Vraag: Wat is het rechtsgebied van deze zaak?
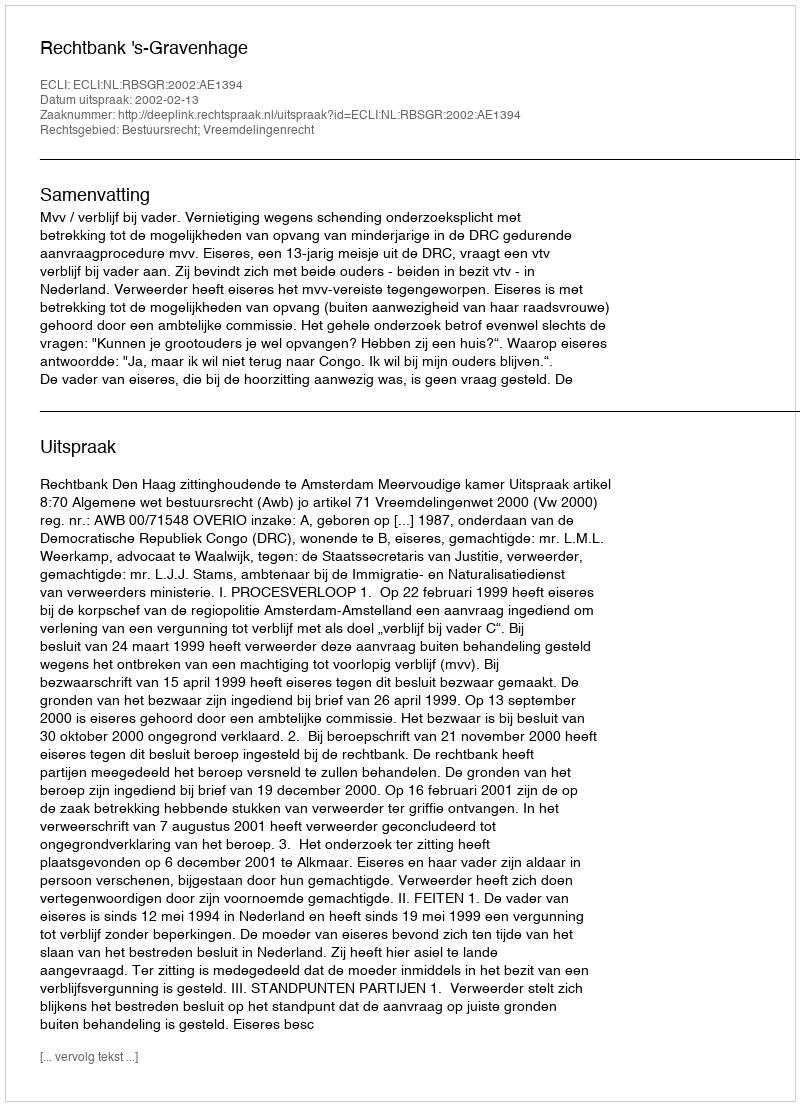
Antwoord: Bestuursrecht; Vreemdelingenrecht